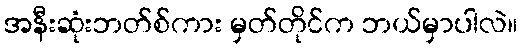
အနီးဆုံးဘတ်စ်ကား မှတ်တိုင်က ဘယ်မှာပါလဲ။